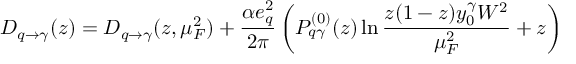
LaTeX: D _ { q \rightarrow \gamma } ( z ) = D _ { q \to \gamma } ( z , \mu _ { F } ^ { 2 } ) + \frac { \alpha e _ { q } ^ { 2 } } { 2 \pi } \left( P _ { q \gamma } ^ { ( 0 ) } ( z ) \ln \frac { z ( 1 - z ) y _ { 0 } ^ { \gamma } W ^ { 2 } } { \mu _ { F } ^ { 2 } } + z \right) \,